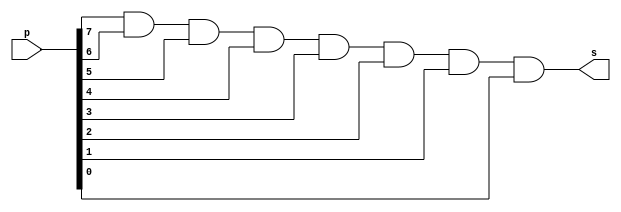
// Exercicio 12
// Nome: Luiz Henrique da Costa Silva

//
module gate (output s,
                         input  [0:7] p);
assign s = (((((((p[0] & p[1]) & p[2]) & p[3]) & p[4]) & p[5]) & p[6]) & p[7]);
endmodule 

module testgate;
   reg  [0:7] a;
	wire s;  
   gate azase (s, a);
   initial begin:start
	a=8'b10101010; 
   end
   initial begin:main
         $monitor("%b = %b", a, s);
  #1     a=8'b00000000; 
  #1     a=8'b11111111; 
  #1     a=8'b00010000; 
  #1     a=8'b11101111;
  #1     a=8'b00011000; 
  #1     a=8'b10111111;
  #1     a=8'b01000000; 
  #1     a=8'b00111111;
  #1     a=8'b11000000; 
  #1     a=8'b11111100;
  #1     a=8'b00000011; 
  #1     a=8'b11111010;
  #1     a=8'b00000101; 
  #1     a=8'b11101011;
  #1     a=8'b00011010; 
  #1     a=8'b11011011;
  end
endmodule